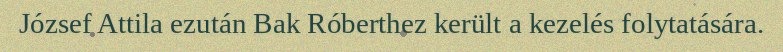
József Attila ezután Bak Róberthez került a kezelés folytatására.